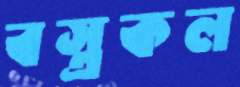
বস্ত্রকল